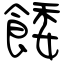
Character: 餧